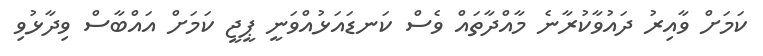
ކަމަށް ވާއިރު ދައުވާކުރާނެ މާއްދާތައް ވެސް ކަނޑައަޅުއްވަނީ ޕީޖީ ކަމަށް އައްބާސް ވިދާޅުވި